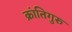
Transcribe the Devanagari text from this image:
क्रांतिगुरु